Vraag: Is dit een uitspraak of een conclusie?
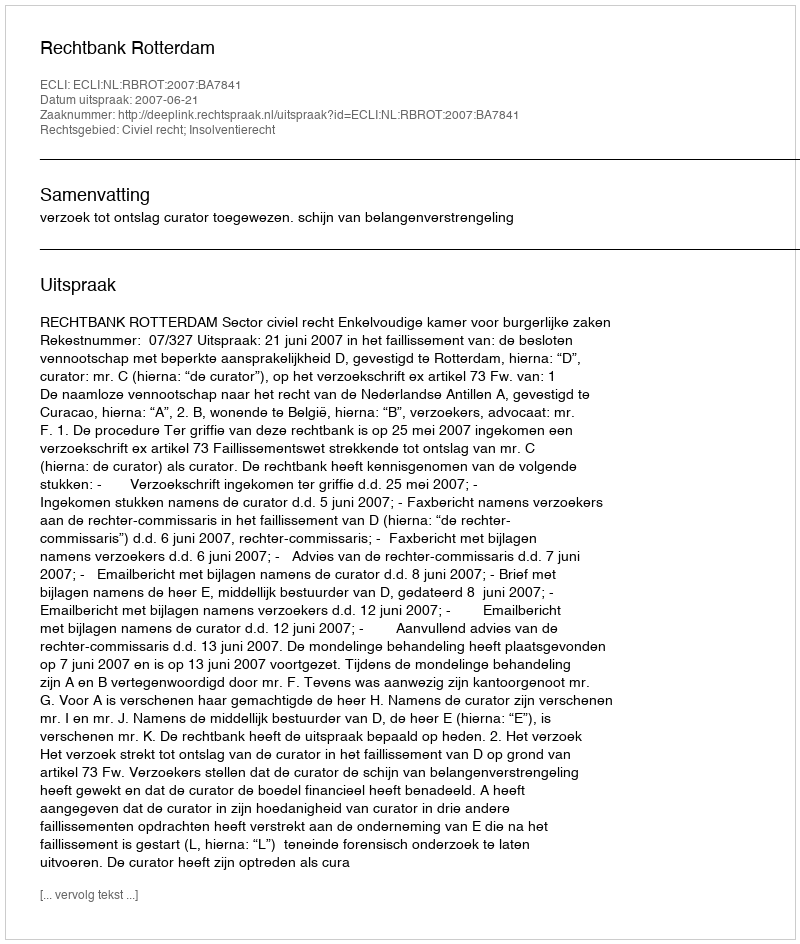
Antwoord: Uitspraak